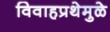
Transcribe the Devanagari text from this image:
विवाहप्रथेमुळे